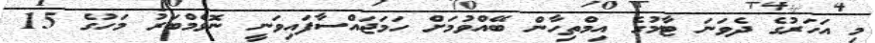
މި އަހަރުގެ ދެވަނަ ޓާމުގެ އިމްތިހާން ބޭއްވުމަށް ހަމަޖައްސާފައިވަނީ ނޮވެމްބަރު މަހުގެ 15